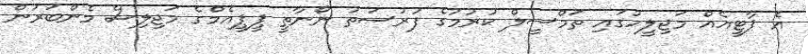
އެ ޕާޓީއެއް މަޖިލީހުގައި ތަމްސީލް ކުރުމުގެ ފުރުސަތު ނޯނާތީ ޕީޕީއެމްގެ މަޖިލިސް މެންބަރުން